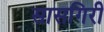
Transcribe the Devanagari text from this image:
सासगिरी